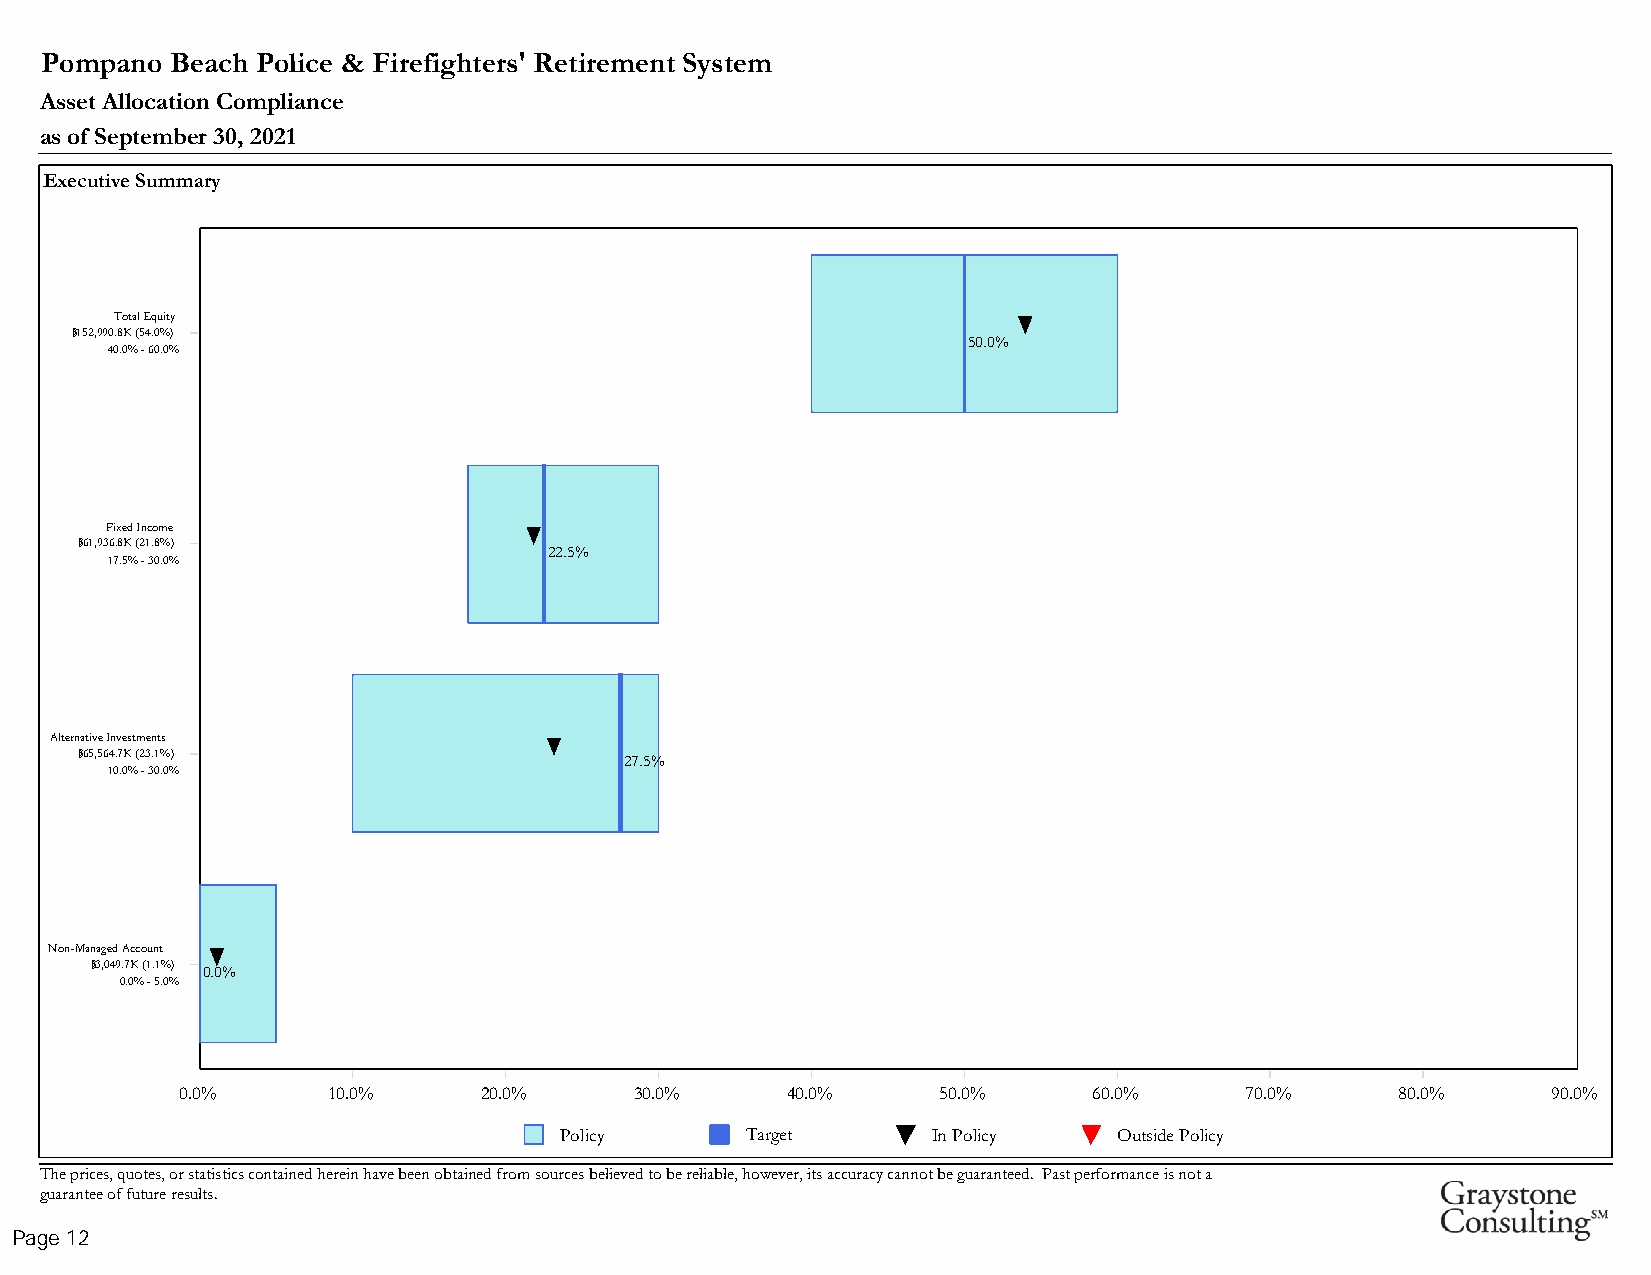
Pompano Beach Police & Firefighters' Retirement System
 Asset Allocation Compliance
 as of September 30, 2021
 Executive Summary
 Total Equity
 $152,990.8K (54.0%)
 50.0%
 40.0% - 60.0%
 Fixed Income
 $61,936.8K (21.8%)
 22.5%
 17.5% - 30.0%
 Alternative Investments
 $65,564.7K (23.1%)
 27.5%
 10.0% - 30.0%
 Non-Managed Account
 $3,049.7K (1.1%)
 0.0%
 0.0% - 5.0%
 0.0%      10.0%     20.0%     30.0%     40.0%     50.0%     60.0%     70.0%      80.0%     9900..00%%
 Policy      Target       In Policy   Outside Policy
 The prices, quotes, or statistics contained herein have been obtained from sources believed to be reliable, however, its accuracy cannot be guaranteed. Past performance is not a
 guarantee of future results.
 Page 12